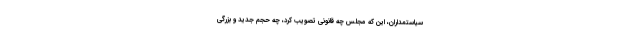
سیاستمداران، این که مجلس چه قانونی تصویب کرد، چه حجم جدید و بزرگی